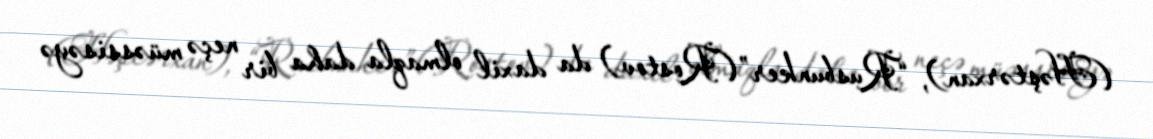
(Həştərxan), “Rusbunker” (Rostov) da daxil olmaqla daha bir neçə müəssisəyə